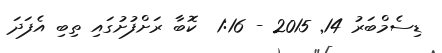
ޑިސެމްބަރު 14